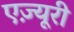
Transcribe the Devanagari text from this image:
एज़्यूरी